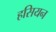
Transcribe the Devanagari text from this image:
हसियन